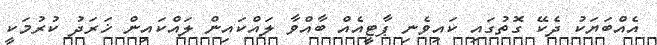
އެއްބަޔަކު ދެކޭ ގޮތުގައި ކައިވެނި ޕާޓީއެއް ބާއްވާ ލައްކައިން ލައްކައިން ޚަރަދު ކުރުމަކީ